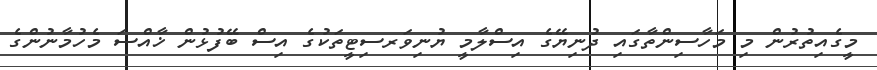
މީގެއިތުރުން މި މަހާސިންތާގައި ދުނިޔޭގެ އިސްލާމީ ޔުނިވަރސިޓީތަކުގެ އިސް ބޭފުޅުން ޚާއްސަ މެހުމާނުންގެ